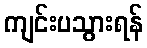
ကျင်းပသွားရန်